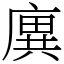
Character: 廙